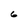
Character: 6